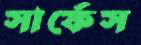
সার্ফেস